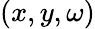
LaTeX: (x,y,\omega)